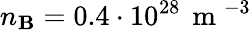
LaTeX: n_{\mathbf{B}}=0.4\cdot10^{28}\, \mathrm{{~m~}}^{-3}